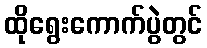
ထိုရွေးကောက်ပွဲတွင်